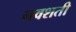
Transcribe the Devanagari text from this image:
नवशती